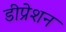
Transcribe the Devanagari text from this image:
डीप्रेशन